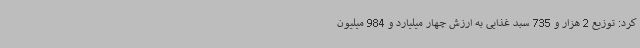
کرد: توزیع 2 هزار و 735 سبد غذایی به ارزش چهار میلیارد و 984 میلیون